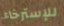
للإسترخاء